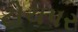
ટોચપર